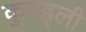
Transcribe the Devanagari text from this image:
कुण्ड्ली